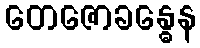
တေဇောခန္ဓေန